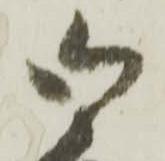
御